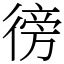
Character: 徬